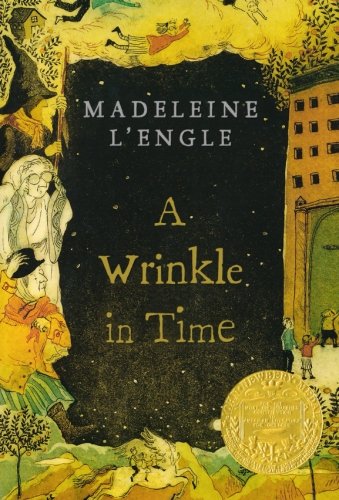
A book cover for A Wrinkle in Time (Time Quintet); Madeleine L'Engle; Children's Books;